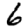
Digit: 6